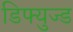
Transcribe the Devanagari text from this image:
डिफ्युज्ड